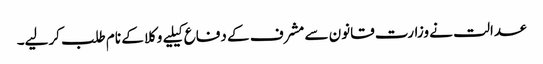
عدالت نے وزارت قانون سے مشرف کے دفاع کیلیے وکلا کے نام طلب کرلیے۔